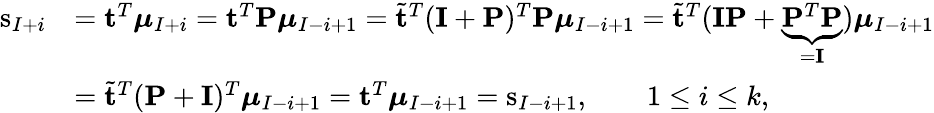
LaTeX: \begin{array}{rl}{\mathrm{s}_{I+i}}&{=\mathbf{t}^{T}\boldsymbol{\mu}_{I+i}=\mathbf{t}^{T}\mathbf{P}\boldsymbol{\mu}_{I-i+1}=\tilde{\mathbf{t}}^{T}(\mathbf{I}+\mathbf{P})^{T}\mathbf{P}\boldsymbol{\mu}_{I-i+1}=\tilde{\mathbf{t}}^{T}(\mathbf{I}\mathbf{P}+\underbrace{\mathbf{P}^{T}\mathbf{P}}_{=\mathbf{I}})\boldsymbol{\mu}_{I-i+1}}\\ &{=\tilde{\mathbf{t}}^{T}(\mathbf{P}+\mathbf{I})^{T}\boldsymbol{\mu}_{I-i+1}=\mathbf{t}^{T}\boldsymbol{\mu}_{I-i+1}=\mathrm{s}_{I-i+1},\qquad 1\leq i\leq k,}\end{array}